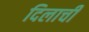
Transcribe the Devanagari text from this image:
दिलाची